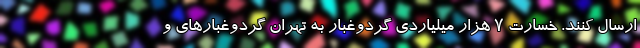
ارسال کنند. خسارت ۷ هزار میلیاردی گردوغبار به تهران گردوغبارهای و